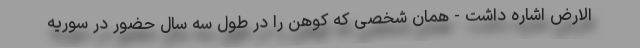
الارض اشاره داشت - همان شخصی که کوهن را در طول سه سال حضور در سوریه